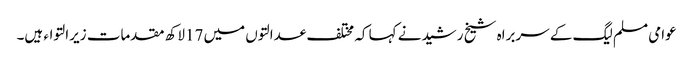
عوامی مسلم لیگ کے سربراہ شیخ رشیدنے کہا کہ مختلف عدالتوں میں 17لاکھ مقدمات زیرالتواء ہیں۔